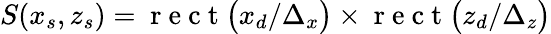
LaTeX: S(x_{s},z_{s})=\mathrm{~r~e~c~t~}\big(x_{d}/\Delta_{x}\big)\times\mathrm{~r~e~c~t~}\big({z_{d}/\Delta_{z}}\big)